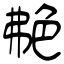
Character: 艴